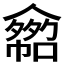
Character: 𠐂